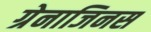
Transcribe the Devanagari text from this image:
ग्रेनाजिनस